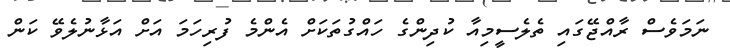
ނަމަވެސް ރާއްޖޭގައި ތެލެސީމިއާ ކުދިންގެ ހައްގުތަކަށް އެންމެ ފުރިހަމަ އަށް އަޅާނުލެވޭ ކަން